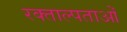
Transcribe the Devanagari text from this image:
रक्ताल्पताओं